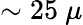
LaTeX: \sim 25~\mu